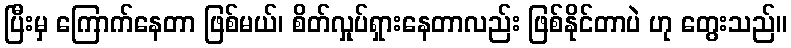
ပြီးမှ ကြောက်နေတာ ဖြစ်မယ်၊ စိတ်လှုပ်ရှားနေတာလည်း ဖြစ်နိုင်တာပဲ ဟု တွေးသည်။